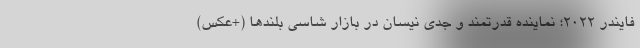
فایندر 2022؛ نماینده قدرتمند و جدی نیسان در بازار شاسی بلندها (+عکس)